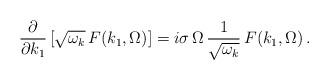
LaTeX: \begin{align*} \frac{\partial}{\partial k_1}\left[ \sqrt{\omega_k} \, F(k_1, \Omega)\right] = i \sigma\,\Omega \, \frac{1}{\sqrt{\omega_k}} \, F(k_1, \Omega)\,.\end{align*}